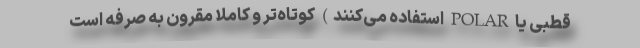
قطبی یا POLAR استفاده می‌کنند) کوتاه‌تر و کاملا مقرون به صرفه است